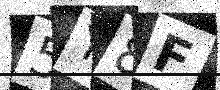
Text: 5Y8F